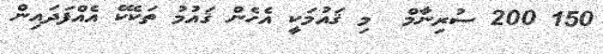
150 200 ސުރިނާމް  މި ޤައުމަކީ އެހެން ޤައުމު ތަކެކޭ އެއްފަދައިން